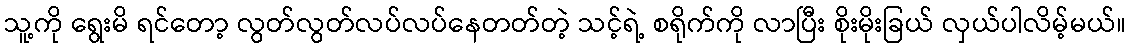
သူ့ကို ရွေးမိ ရင်တော့ လွတ်လွတ်လပ်လပ်နေတတ်တဲ့ သင့်ရဲ့ စရိုက်ကို လာပြီး စိုးမိုးခြယ် လှယ်ပါလိမ့်မယ်။